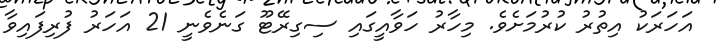
އަހަރަކު އިތުރު ކުރުމަށެވެ. މިހާރު ހަވާއީގައި ސިގިރޭޓޫ ގަނެވެނީ 21 އަހަރު ފުރިފައިވާ